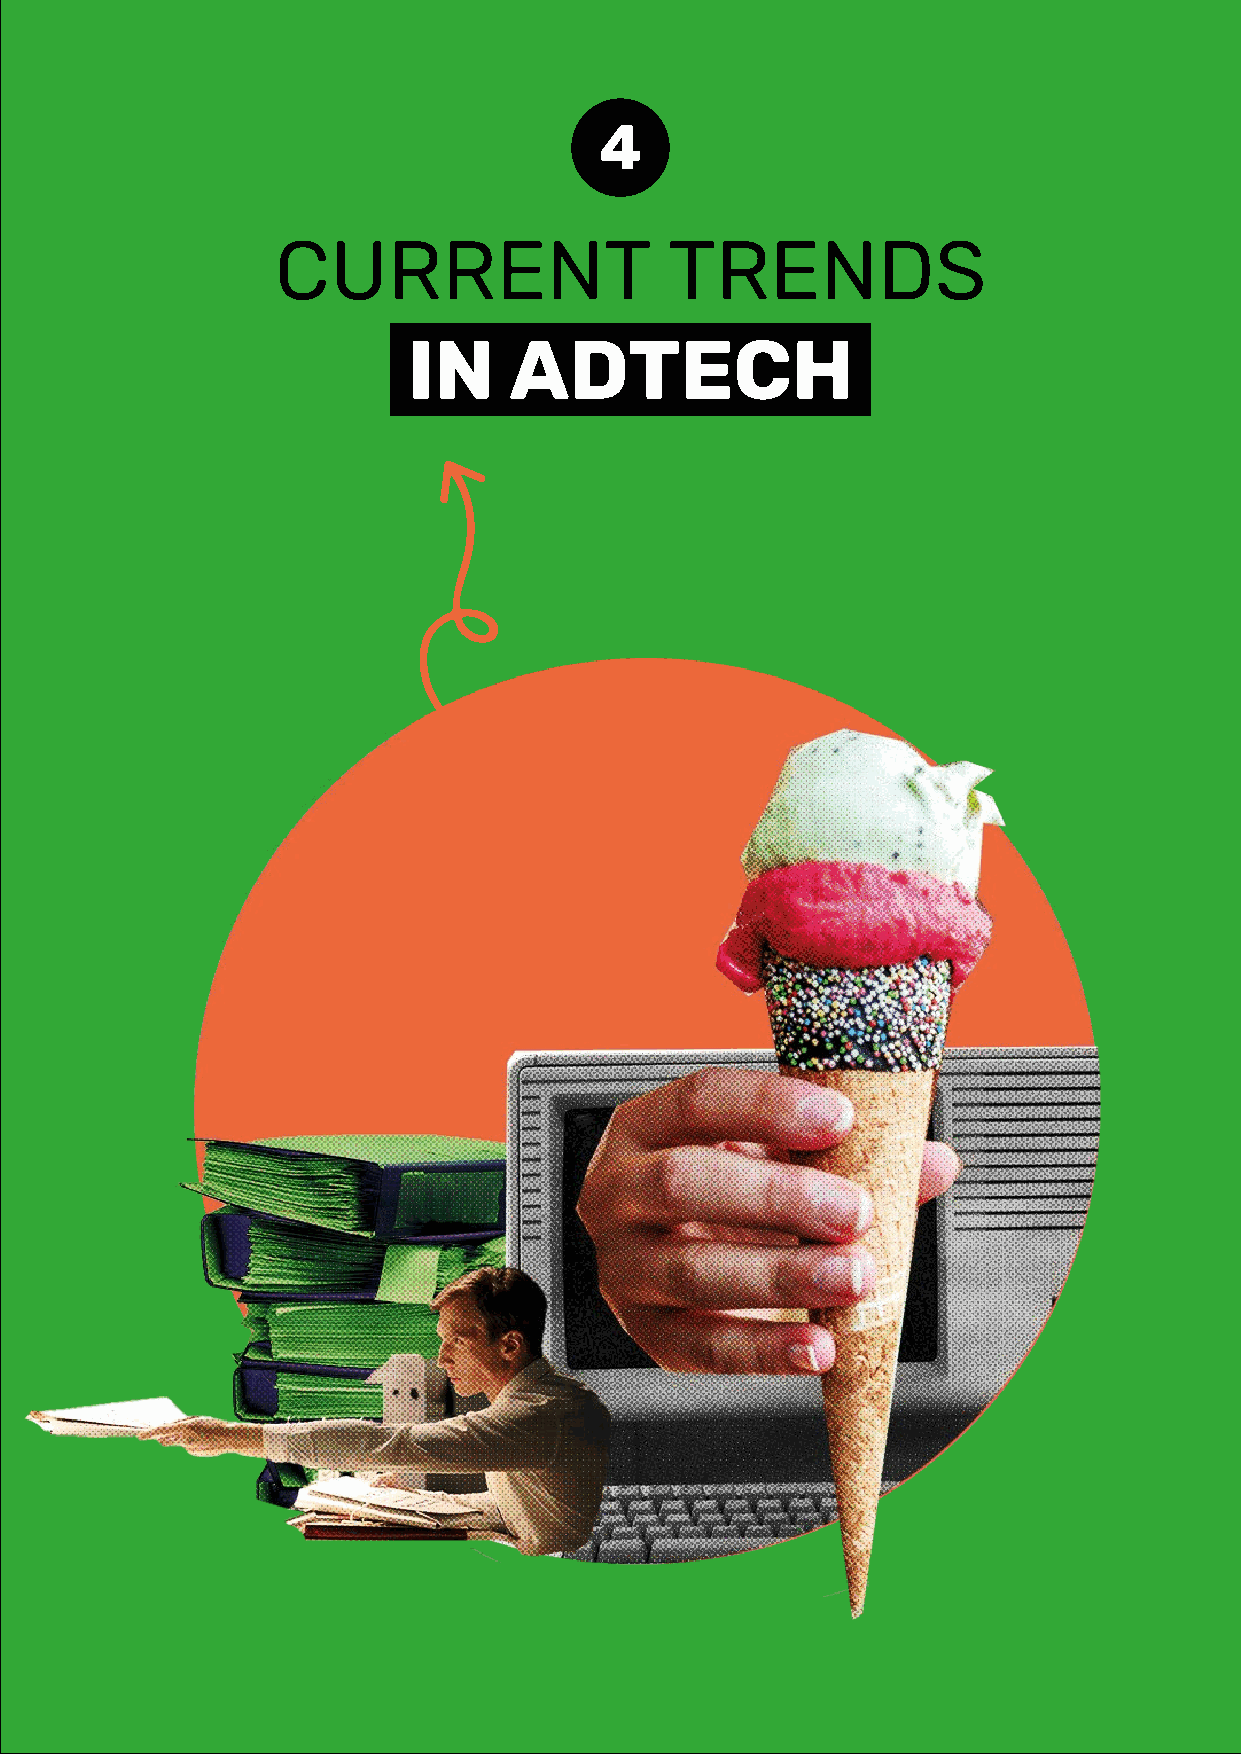
4
 CURRENT                   TRENDS
 IN     ADTECH
 34